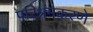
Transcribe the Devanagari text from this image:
परिश्रमकरणे